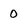
Character: 0